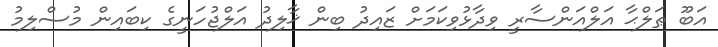
އަބޫ ޠަލްޙާ އަލްއަންސާރީ ވިދާޅުވިކަމަށް ޒައިދު ބިން ޚާލިދު އަލްޖުހަނީގެ ކިބައިން މުސްލިމު